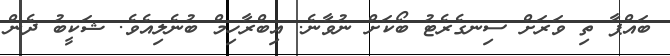
ބައްޕާ ތި ވަރަށް ސިނގެރެޓު ބޯކަށް ނުވާނެ. އިބްރާހިމް ބުނެލިއެވެ. ޝަކީބު ދެން